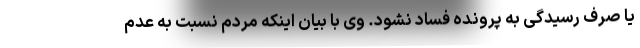
یا صرف رسیدگی به پرونده فساد نشود. وی با بیان اینکه مردم نسبت به عدم